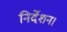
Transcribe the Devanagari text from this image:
निर्देशन।